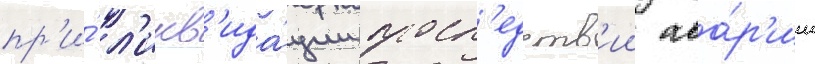
пр'и́ л'икв'ида́ции посл'едств'ии ава́р'ии